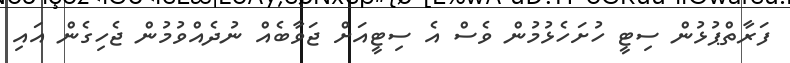
ފަރާތްޕުޅުން ސިޓީ ހުށަހެޅުމުން ވެސް އެ ސިޓީއަށް ޖަވާބެއް ނުދެއްވުމުން ޖެހިގެން އައި